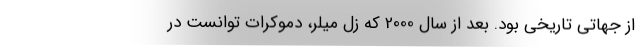
از جهاتی تاریخی بود. بعد از سال 2000 که زل میلر، دموکرات توانست در